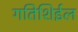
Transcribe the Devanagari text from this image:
गतिशिईल